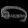
Digit: ၈